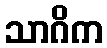
သာဂိက